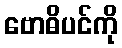
ဗောဓိပင်ကို